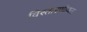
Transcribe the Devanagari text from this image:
विस्तारणीयता